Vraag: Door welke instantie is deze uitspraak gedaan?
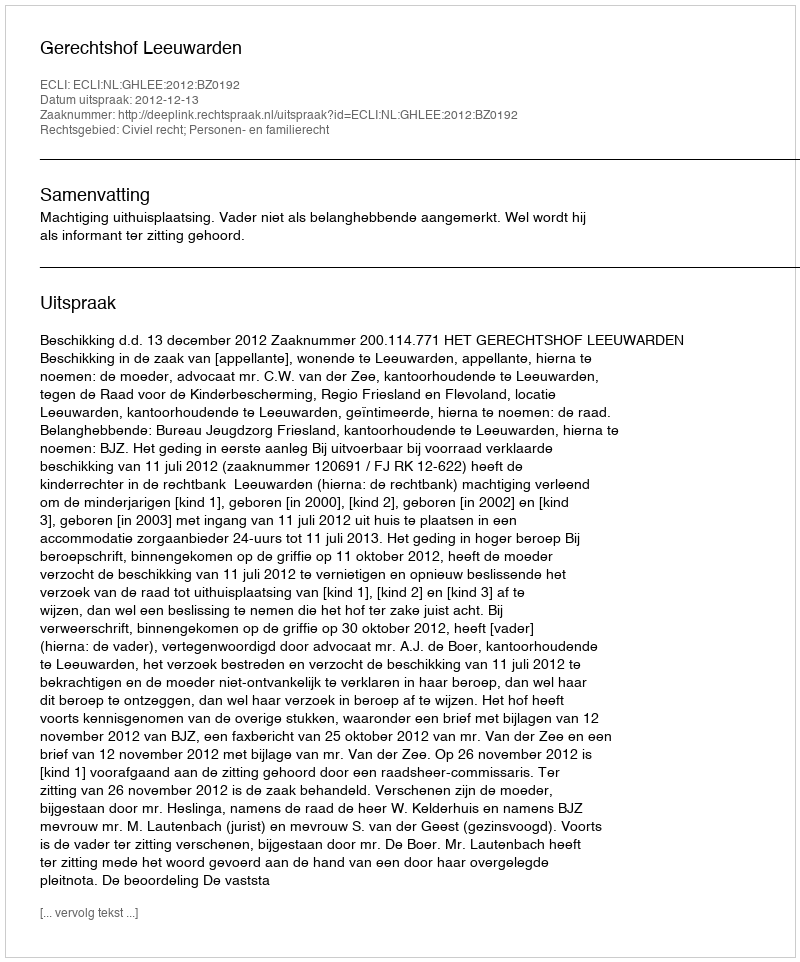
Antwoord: Gerechtshof Leeuwarden